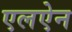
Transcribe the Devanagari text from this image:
एलऐन